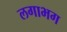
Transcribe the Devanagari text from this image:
लगाभग